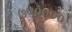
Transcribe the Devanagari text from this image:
७५००००